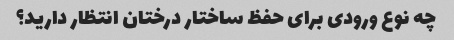
چه نوع ورودی برای حفظ ساختار درختان انتظار دارید؟